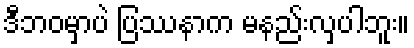
ဒီဘဝမှာပဲ ပြဿနာက မနည်းလှပါဘူး။